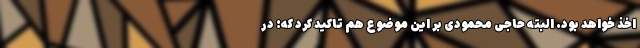
اخذ خواهد بود. البته حاجی محمودی بر این موضوع هم تاکید کرد که: در